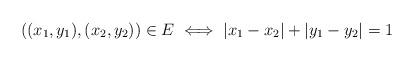
LaTeX: \begin{align*} ((x_1,y_1),(x_2,y_2))\in E \iff |x_1-x_2|+ |y_1-y_2|=1\end{align*}